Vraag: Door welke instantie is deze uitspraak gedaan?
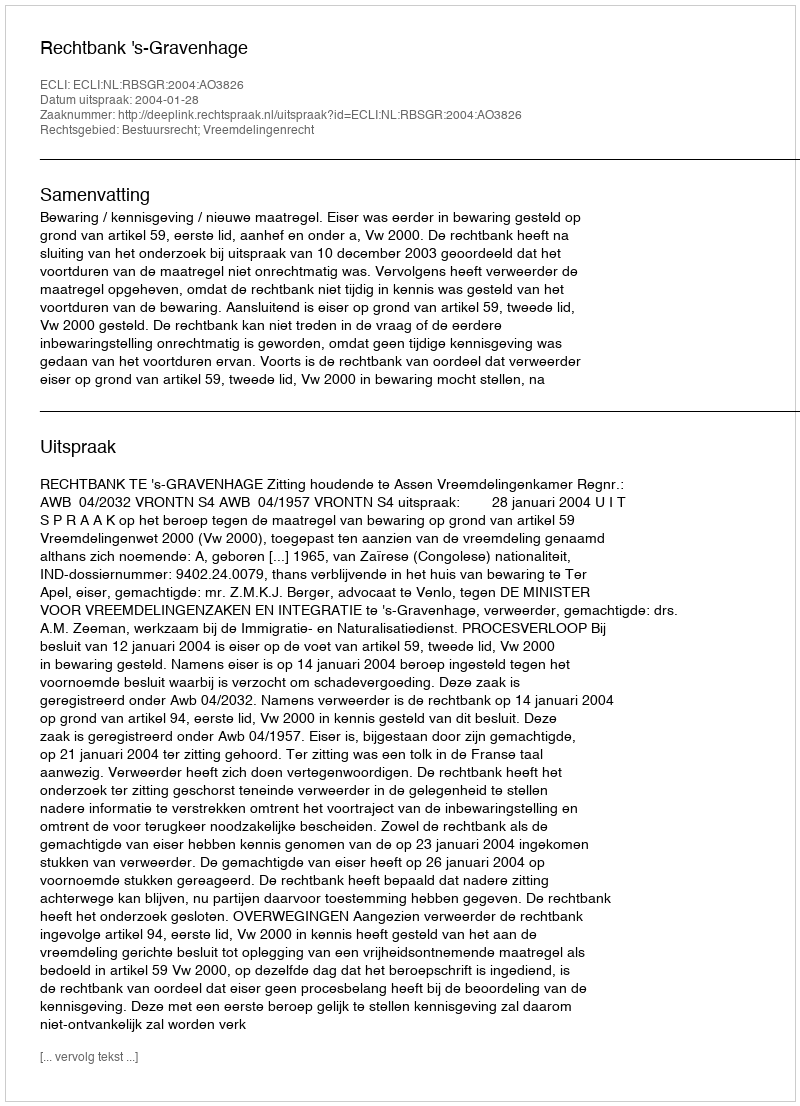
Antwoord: Rechtbank 's-Gravenhage